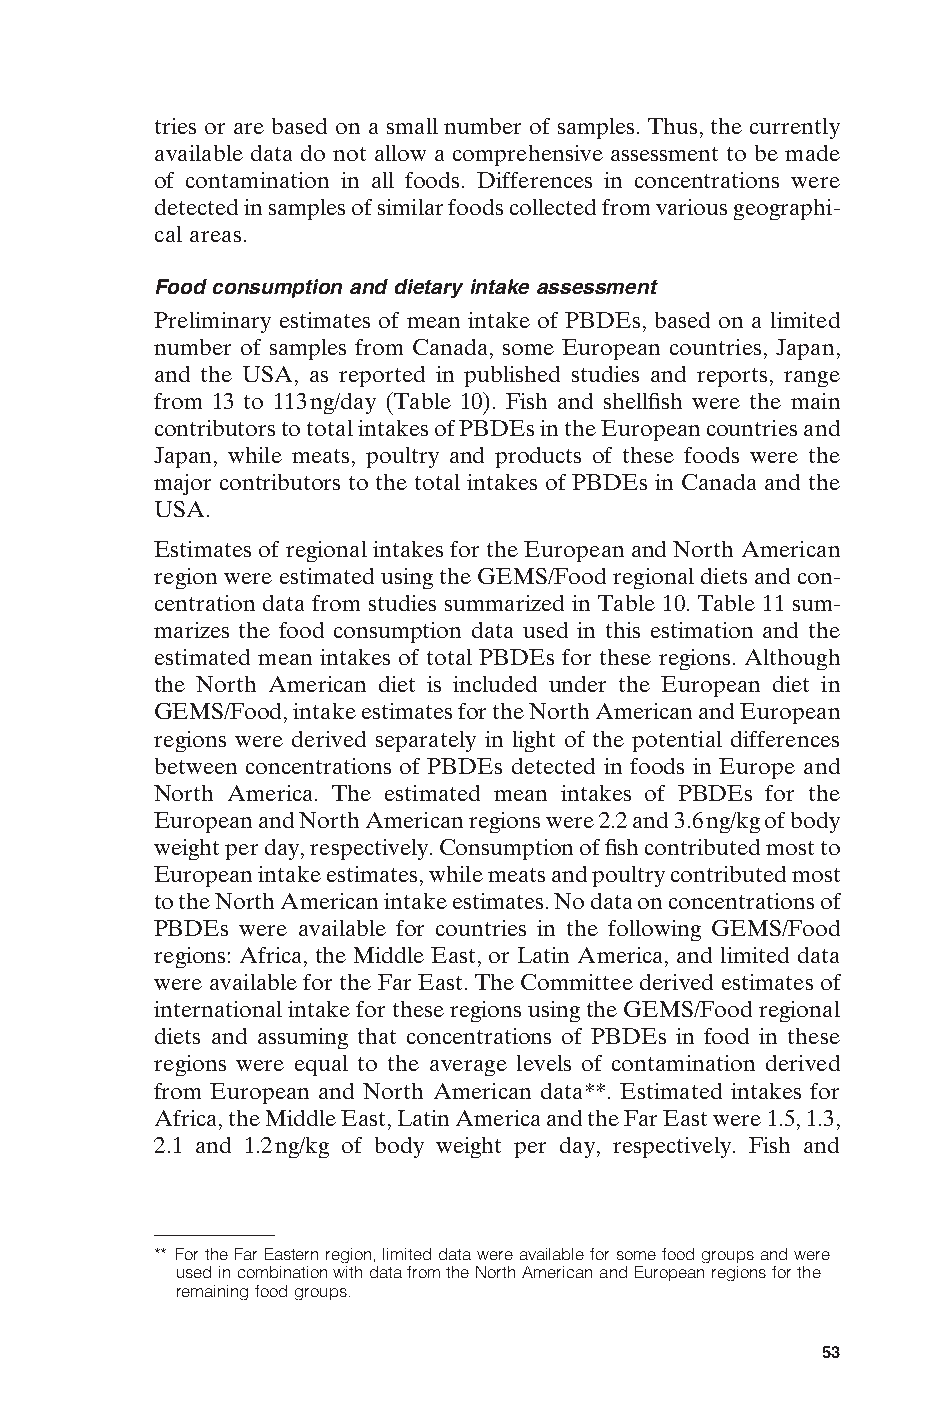
tries or are based on a small number of samples. Thus, the currently
 available data do not allow a comprehensive assessment to be made
 of contamination in all foods. Differences in concentrations were
 detected in samples of similar foods collected from various geographi-
 cal areas.
 Food consumption and dietary intake assessment
 Preliminary estimates of mean intake of PBDEs, based on a limited
 number of samples from Canada, some European countries, Japan,
 and the USA, as reported in published studies and reports, range
 from 13 to 113ng/day (Table 10). Fish and shellfish were the main
 contributors to total intakes of PBDEs in the European countries and
 Japan, while meats, poultry and products of these foods were the
 major contributors to the total intakes of PBDEs in Canada and the
 USA.
 Estimates of regional intakes for the European and North American
 region were estimated using the GEMS/Food regional diets and con-
 centration data from studies summarized in Table 10. Table 11 sum-
 marizes the food consumption data used in this estimation and the
 estimated mean intakes of total PBDEs for these regions. Although
 the North American diet is included under the European diet in
 GEMS/Food, intake estimates for the North American and European
 regions were derived separately in light of the potential differences
 between concentrations of PBDEs detected in foods in Europe and
 North America. The estimated mean intakes of PBDEs for the
 European and North American regions were 2.2 and 3.6ng/kg of body
 weight per day, respectively. Consumption of fish contributed most to
 European intake estimates, while meats and poultry contributed most
 to the North American intake estimates. No data on concentrations of
 PBDEs were available for countries in the following GEMS/Food
 regions: Africa, the Middle East, or Latin America, and limited data
 were available for the Far East. The Committee derived estimates of
 international intake for these regions using the GEMS/Food regional
 diets and assuming that concentrations of PBDEs in food in these
 regions were equal to the average levels of contamination derived
 from European and North American data**. Estimated intakes for
 Africa, the Middle East, Latin America and the Far East were 1.5, 1.3,
 2.1 and 1.2ng/kg of body weight per day, respectively. Fish and
 ** For the Far Eastern region, limited data were available for some food groups and were
 used in combination with data from the North American and European regions for the
 E
 remaining food groups.
 53
 Untitled-4       53                    12/20/05, 19:53